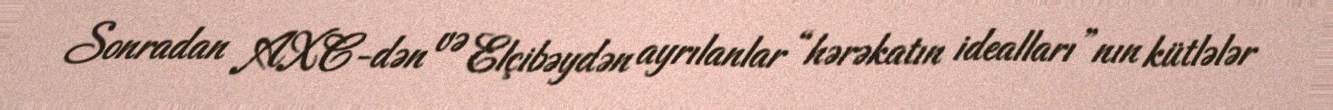
Sonradan AXC-dən və Elçibəydən ayrılanlar “hərəkatın idealları”nın kütlələr